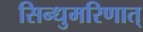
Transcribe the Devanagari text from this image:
सिन्धुमरिणात्